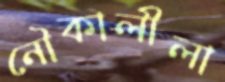
নৌকালীলা